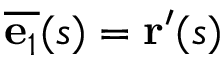
{ \overline { { \mathbf { e } _ { 1 } } } } ( s ) = \mathbf { r } ^ { \prime } ( s )